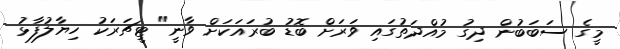
މީގެ ސަބަބުން ދިގު މުއްދަތުގައި ވަރަށް ބޮޑު ބުރައަކަށް ވާނީ" ޓީޗަރަކު ހިޔާލުފާޅު